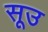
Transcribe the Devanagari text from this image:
सूउ